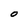
Character: O